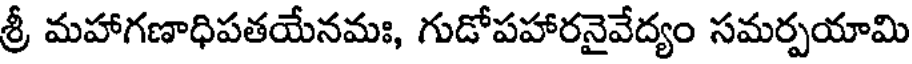
శ్రీ మహాగణాధిపతయేనమః, గుడోపహారనైవేద్యం సమర్పయామి